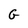
Character: G